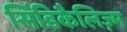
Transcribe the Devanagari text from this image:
सिंडिकैलिज़्म